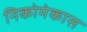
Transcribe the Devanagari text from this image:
निकोमेकास